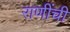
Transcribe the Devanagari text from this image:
राणींची